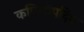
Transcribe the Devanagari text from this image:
कपिलोपदिष्ट